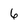
Character: 6